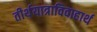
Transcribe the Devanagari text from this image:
तीर्थयात्राविवाहार्थ